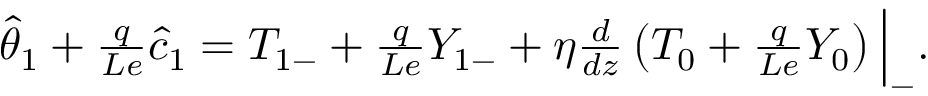
\begin{array} { r } { \hat { \theta } _ { 1 } + \frac { q } { L e } \hat { c } _ { 1 } = { T } _ { 1 - } + \frac { q } { L e } { Y } _ { 1 - } + \eta \frac { d } { d z } \left( { T } _ { 0 } + \frac { q } { L e } { Y } _ { 0 } \right) \Big | _ { - } . } \end{array}